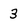
Character: 3